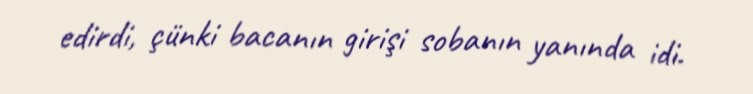
edirdi, çünki bacanın girişi sobanın yanında idi.